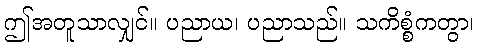
ဤအတူသာလျှင်။ ပညာယ၊ ပညာသည်။ သကိစ္စံကတွာ၊